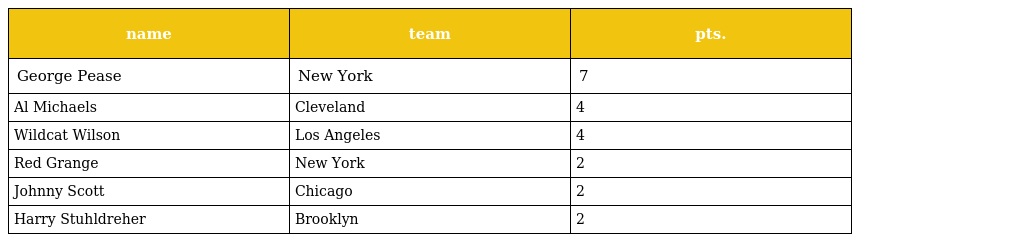
| name | team | pts. |
 | --- | --- | --- |
 | George Pease | New York | 7 |
 | Al Michaels | Cleveland | 4 |
 | Wildcat Wilson | Los Angeles | 4 |
 | Red Grange | New York | 2 |
 | Johnny Scott | Chicago | 2 |
 | Harry Stuhldreher | Brooklyn | 2 |